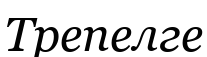
Трепелге